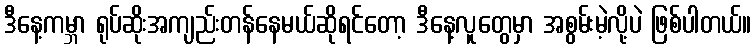
ဒီနေ့ကမ္ဘာ ရုပ်ဆိုးအကျည်းတန်နေမယ်ဆိုရင်တော့ ဒီနေ့လူတွေမှာ အစွမ်းမဲ့လို့ပဲ ဖြစ်ပါတယ်။